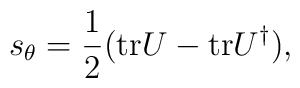
s_{\theta}=\frac{1}{2}({\rm tr}U-{\rm tr}U^{\dag}),